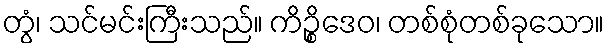
တွံ၊ သင်မင်းကြီးသည်။ ကိဉ္စိဒေဝ၊ တစ်စုံတစ်ခုသော။